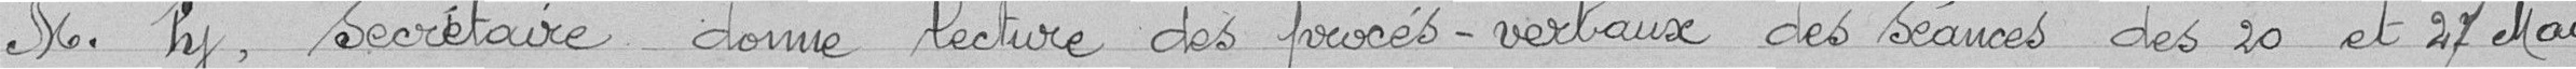
M. Py, secrétaire donne lecture des procès-verbaux des séances des 20 et 27 mai